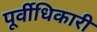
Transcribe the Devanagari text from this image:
पूर्वीधिकारी